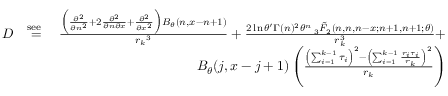
\begin{array} { r l r } { D } & { \stackrel { \mathrm { s e e ~ } } { = } } & { \frac { \Big ( \frac { \partial ^ { 2 } } { \partial n ^ { 2 } } + 2 \frac { \partial ^ { 2 } } { \partial n \partial x } + \frac { \partial ^ { 2 } } { \partial x ^ { 2 } } \Big ) B _ { \theta } ( n , x - n + 1 ) } { { r _ { k } } ^ { 3 } } + \frac { 2 \ln \theta ^ { \prime } \Gamma ( n ) ^ { 2 } { \theta } ^ { n } \: _ { 3 } \tilde { F } _ { 2 } ( n , n , n - x ; n + 1 , n + 1 ; \theta ) } { r _ { k } ^ { 3 } } + } \\ & { } & { B _ { \theta } ( j , x - j + 1 ) \left( \frac { \left( \sum _ { i = 1 } ^ { k - 1 } \tau _ { i } \right) ^ { 2 } - \left( \sum _ { i = 1 } ^ { k - 1 } \frac { r _ { i } \tau _ { i } } { r _ { k } } \right) ^ { 2 } } { r _ { k } } \right) } \end{array}